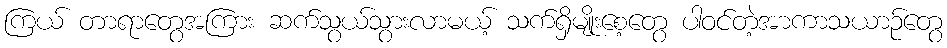
ကြယ် တာရာတွေအကြား ဆက်သွယ်သွားလာမယ့် သက်ရှိမျိုးစေ့တွေ ပါဝင်တဲ့အာကာသယာဉ်တွေ